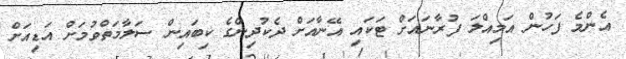
އެންމެ ފަހުން އަމިއްލަ ފުރާނައަށް ޓަކައި އޭނާއަށް ދެކުދިންގެ ކިބައިން ސަލާމަތްވުމަށް އަޑިއަށް